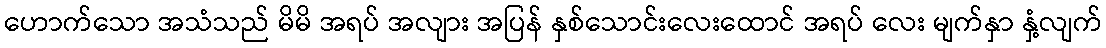
ဟောက်သော အသံသည် မိမိ အရပ် အလျား အပြန် နှစ်သောင်းလေးထောင် အရပ် လေး မျက်နှာ နှံ့လျက်